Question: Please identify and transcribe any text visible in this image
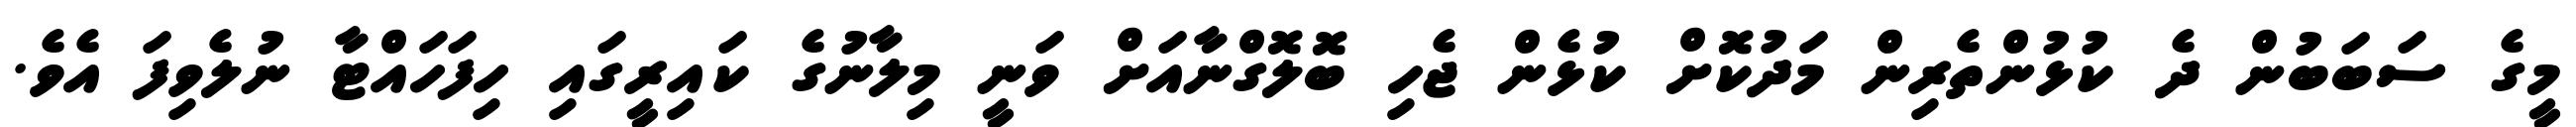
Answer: މީގެ ސަބަބުން ދެ ކުޅުންތެރިން މަދުކޮށް ކުޅެން ޖެހި ބޮލޮގްނާއަށް ވަނީ މިލާނުގެ ކައިރީގައި ހިފަހައްޓާ ނުލެވިފަ އެވެ.